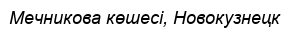
Мечникова көшесі, Новокузнецк